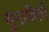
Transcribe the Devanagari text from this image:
सुनाविली